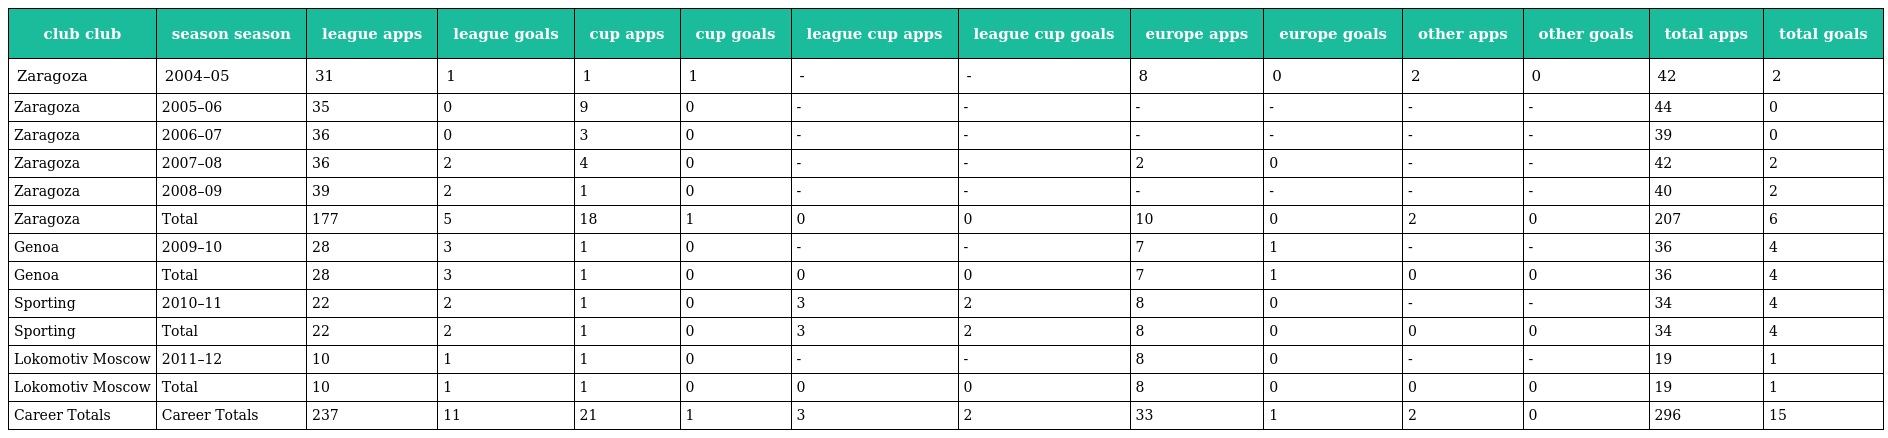
| club club | season season | league apps | league goals | cup apps | cup goals | league cup apps | league cup goals | europe apps | europe goals | other apps | other goals | total apps | total goals |
 | --- | --- | --- | --- | --- | --- | --- | --- | --- | --- | --- | --- | --- | --- |
 | Zaragoza | 2004–05 | 31 | 1 | 1 | 1 | - | - | 8 | 0 | 2 | 0 | 42 | 2 |
 | Zaragoza | 2005–06 | 35 | 0 | 9 | 0 | - | - | - | - | - | - | 44 | 0 |
 | Zaragoza | 2006–07 | 36 | 0 | 3 | 0 | - | - | - | - | - | - | 39 | 0 |
 | Zaragoza | 2007–08 | 36 | 2 | 4 | 0 | - | - | 2 | 0 | - | - | 42 | 2 |
 | Zaragoza | 2008–09 | 39 | 2 | 1 | 0 | - | - | - | - | - | - | 40 | 2 |
 | Zaragoza | Total | 177 | 5 | 18 | 1 | 0 | 0 | 10 | 0 | 2 | 0 | 207 | 6 |
 | Genoa | 2009–10 | 28 | 3 | 1 | 0 | - | - | 7 | 1 | - | - | 36 | 4 |
 | Genoa | Total | 28 | 3 | 1 | 0 | 0 | 0 | 7 | 1 | 0 | 0 | 36 | 4 |
 | Sporting | 2010–11 | 22 | 2 | 1 | 0 | 3 | 2 | 8 | 0 | - | - | 34 | 4 |
 | Sporting | Total | 22 | 2 | 1 | 0 | 3 | 2 | 8 | 0 | 0 | 0 | 34 | 4 |
 | Lokomotiv Moscow | 2011–12 | 10 | 1 | 1 | 0 | - | - | 8 | 0 | - | - | 19 | 1 |
 | Lokomotiv Moscow | Total | 10 | 1 | 1 | 0 | 0 | 0 | 8 | 0 | 0 | 0 | 19 | 1 |
 | Career Totals | Career Totals | 237 | 11 | 21 | 1 | 3 | 2 | 33 | 1 | 2 | 0 | 296 | 15 |